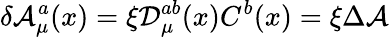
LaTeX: \delta{\cal A}_{\mu}^{a}(x)=\xi{\cal D}_{\mu}^{ab}(x)C^{b}(x)=\xi\Delta{\cal A}